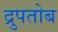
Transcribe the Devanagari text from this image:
द्रुपतोब